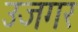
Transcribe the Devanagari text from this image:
उजगर